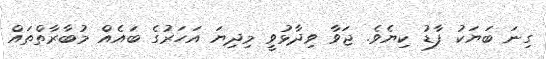
ގިނަ ބަޔަކު ފާޑު ކިޔެވެ. ޖަވާ ވިދާޅުވީ މިދިޔަ އަހަރުގެ ބައެއް މުބާރާތްތައް